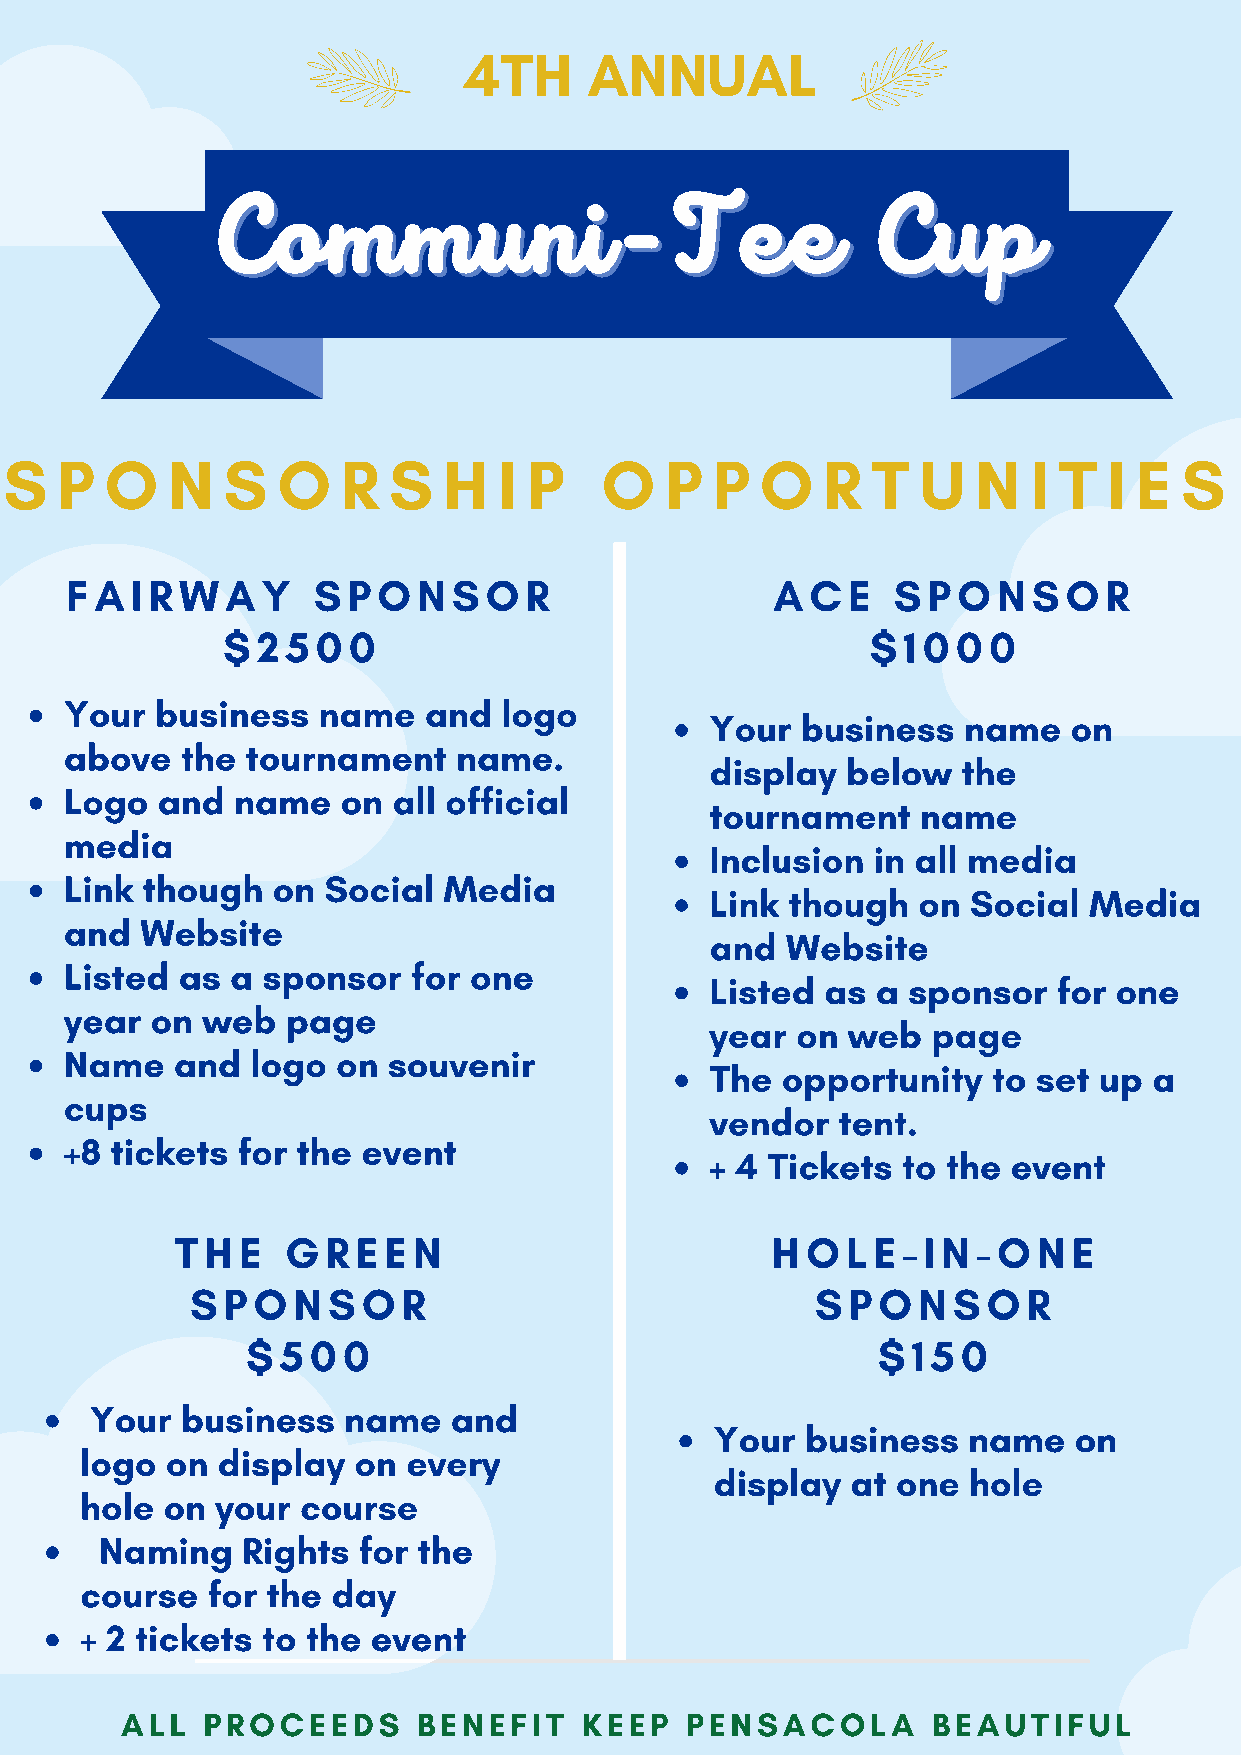
4TH     ANNUAL
 CCoommmmuunnii--TTeeee                      CCuupp
 S   P  O   N   S  O    R  S  H   I P    O   P  P  O   R   T  U   N  I T  I E  S
 FAIRWAY          SPONSOR                       ACE     SPONSOR
 $2500                                      $1000
 Your  business   name   and  logo
 Your  business   name   on
 above   the tournament    name.
 display  below   the
 Logo  and  name    on all official
 tournament    name
 media
 Inclusion  in all media
 Link though   on Social  Media
 Link though   on Social  Media
 and  Website
 and  Website
 Listed  as a sponsor   for one
 Listed  as a sponsor   for one
 year  on web   page
 year  on web   page
 Name    and  logo on  souvenir
 The  opportunity   to set up a
 cups
 vendor   tent.
 +8 tickets  for the event
 + 4 Tickets  to the event
 THE    GREEN                           HOLE-IN-ONE
 SPONSOR                                  SPONSOR
 $500                                      $150
 Your  business   name   and
 Your  business   name   on
 logo  on display  on  every
 display  at one  hole
 hole  on your  course
 Naming   Rights  for the
 course   for the day
 + 2 tickets to the  event
 ALL  PROCEEDS       BENEFIT   KEEP   PENSACOLA        BEAUTIFUL